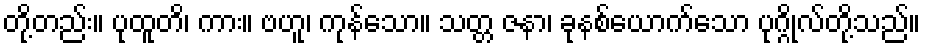
တို့တည်း။ ပုထူတိ၊ ကား။ ဗဟူ၊ ကုန်သော။ သတ္တ ဇနာ၊ ခုနစ်ယောက်သော ပုဂ္ဂိုလ်တို့သည်။